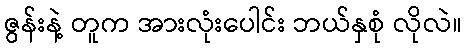
ဇွန်းနဲ့ တူက အားလုံးပေါင်း ဘယ်နှစုံ လိုလဲ။